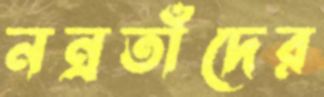
নন্রতাঁদের